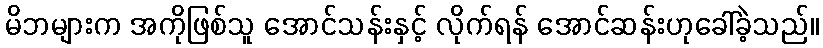
မိဘများက အကိုဖြစ်သူ အောင်သန်းနှင့် လိုက်ရန် အောင်ဆန်းဟုခေါ်ခဲ့သည်။